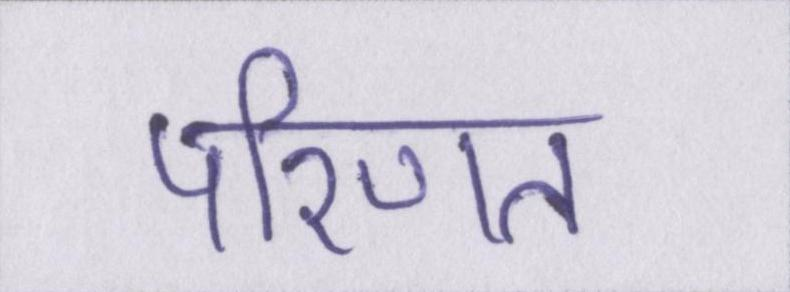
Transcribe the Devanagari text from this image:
परिणत